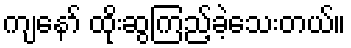
ကျနော် ထိုးဆွကြည့်ခဲ့သေးတယ်။